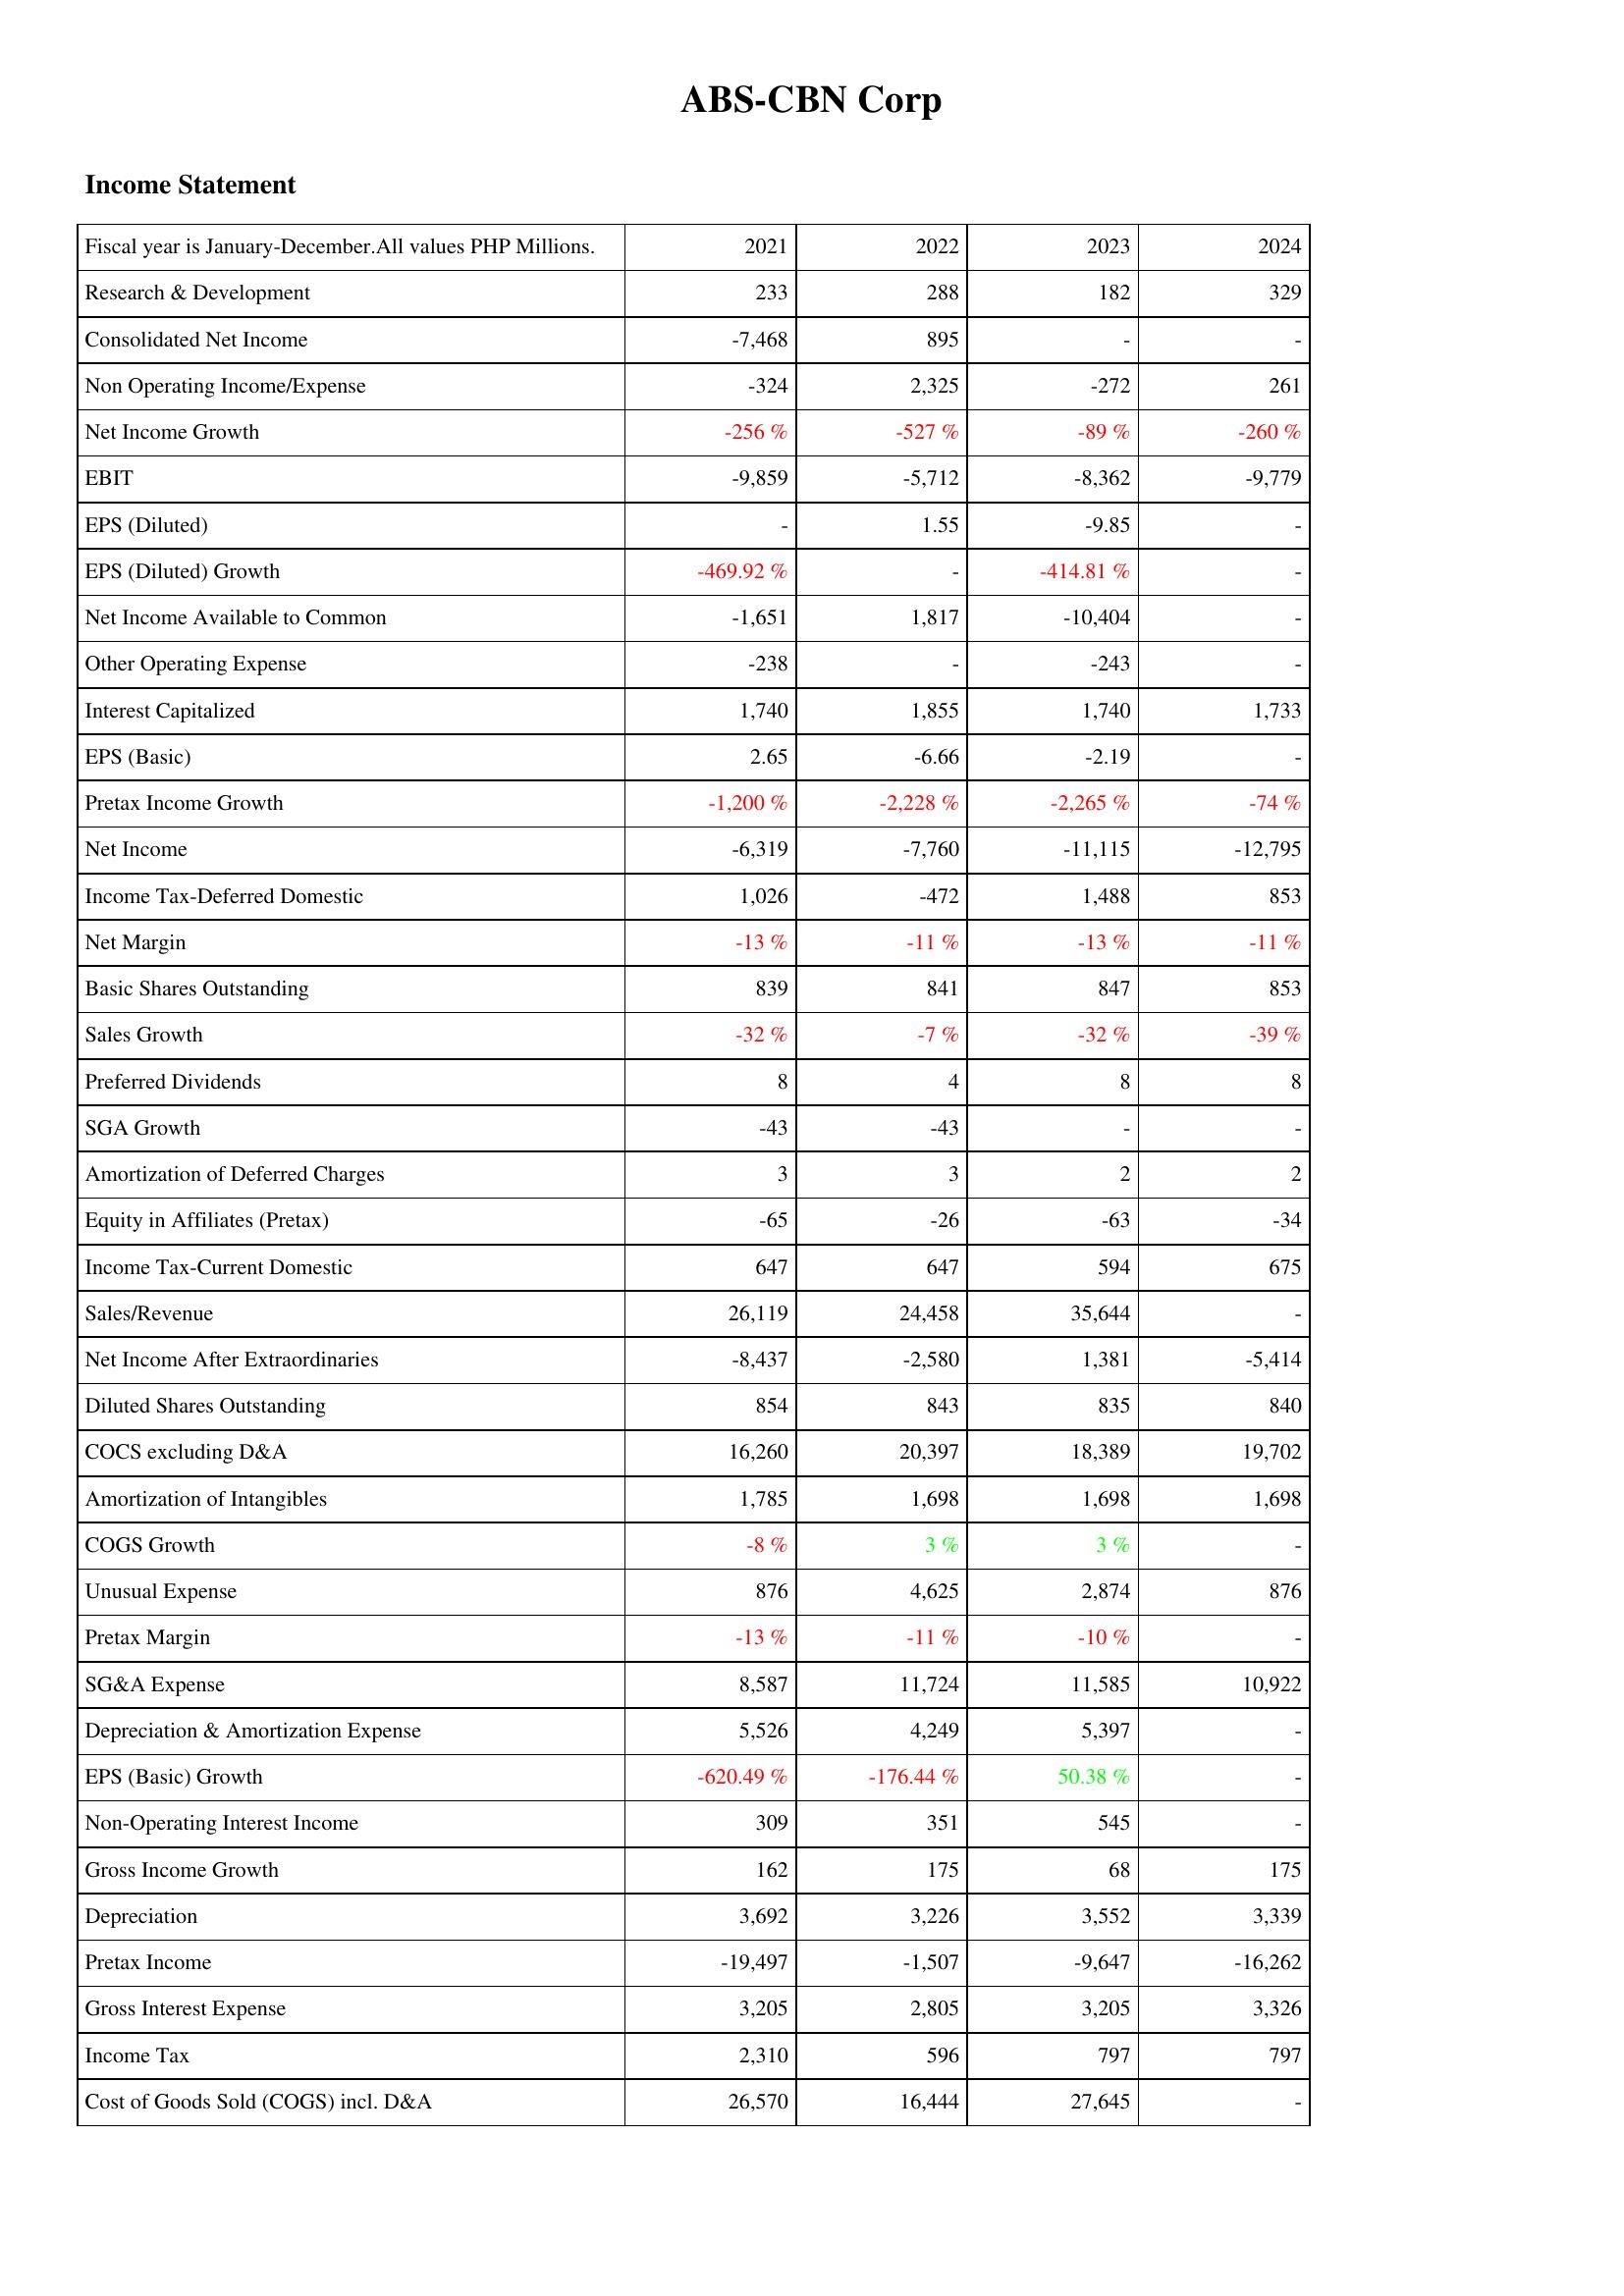
2021: Income Statement: Research & Development: 233
Consolidated Net Income: -7,468
Non Operating Income/Expense: -324
Net Income Growth: -256 %
EBIT: -9,859
EPS (Diluted): -
EPS (Diluted) Growth: -469.92 %
Net Income Available to Common: -1,651
Other Operating Expense: -238
Interest Capitalized: 1,740
EPS (Basic): 2.65
Pretax Income Growth: -1,200 %
Net Income: -6,319
Income Tax-Deferred Domestic: 1,026
Net Margin: -13 %
Basic Shares Outstanding: 839
Sales Growth: -32 %
Preferred Dividends: 8
SGA Growth: -43
Amortization of Deferred Charges: 3
Equity in Affiliates (Pretax): -65
Income Tax-Current Domestic: 647
Sales/Revenue: 26,119
Net Income After Extraordinaries: -8,437
Diluted Shares Outstanding: 854
COCS excluding D&A: 16,260
Amortization of Intangibles: 1,785
COGS Growth: -8 %
Unusual Expense: 876
Pretax Margin: -13 %
SG&A Expense: 8,587
Depreciation & Amortization Expense: 5,526
EPS (Basic) Growth: -620.49 %
Non-Operating Interest Income: 309
Gross Income Growth: 162
Depreciation: 3,692
Pretax Income: -19,497
Gross Interest Expense: 3,205
Income Tax: 2,310
Cost of Goods Sold (COGS) incl. D&A: 26,570
2022: Income Statement: Research & Development: 288
Consolidated Net Income: 895
Non Operating Income/Expense: 2,325
Net Income Growth: -527 %
EBIT: -5,712
EPS (Diluted): 1.55
EPS (Diluted) Growth: -
Net Income Available to Common: 1,817
Other Operating Expense: -
Interest Capitalized: 1,855
EPS (Basic): -6.66
Pretax Income Growth: -2,228 %
Net Income: -7,760
Income Tax-Deferred Domestic: -472
Net Margin: -11 %
Basic Shares Outstanding: 841
Sales Growth: -7 %
Preferred Dividends: 4
SGA Growth: -43
Amortization of Deferred Charges: 3
Equity in Affiliates (Pretax): -26
Income Tax-Current Domestic: 647
Sales/Revenue: 24,458
Net Income After Extraordinaries: -2,580
Diluted Shares Outstanding: 843
COCS excluding D&A: 20,397
Amortization of Intangibles: 1,698
COGS Growth: 3 %
Unusual Expense: 4,625
Pretax Margin: -11 %
SG&A Expense: 11,724
Depreciation & Amortization Expense: 4,249
EPS (Basic) Growth: -176.44 %
Non-Operating Interest Income: 351
Gross Income Growth: 175
Depreciation: 3,226
Pretax Income: -1,507
Gross Interest Expense: 2,805
Income Tax: 596
Cost of Goods Sold (COGS) incl. D&A: 16,444
2023: Income Statement: Research & Development: 182
Consolidated Net Income: -
Non Operating Income/Expense: -272
Net Income Growth: -89 %
EBIT: -8,362
EPS (Diluted): -9.85
EPS (Diluted) Growth: -414.81 %
Net Income Available to Common: -10,404
Other Operating Expense: -243
Interest Capitalized: 1,740
EPS (Basic): -2.19
Pretax Income Growth: -2,265 %
Net Income: -11,115
Income Tax-Deferred Domestic: 1,488
Net Margin: -13 %
Basic Shares Outstanding: 847
Sales Growth: -32 %
Preferred Dividends: 8
SGA Growth: -
Amortization of Deferred Charges: 2
Equity in Affiliates (Pretax): -63
Income Tax-Current Domestic: 594
Sales/Revenue: 35,644
Net Income After Extraordinaries: 1,381
Diluted Shares Outstanding: 835
COCS excluding D&A: 18,389
Amortization of Intangibles: 1,698
COGS Growth: 3 %
Unusual Expense: 2,874
Pretax Margin: -10 %
SG&A Expense: 11,585
Depreciation & Amortization Expense: 5,397
EPS (Basic) Growth: 50.38 %
Non-Operating Interest Income: 545
Gross Income Growth: 68
Depreciation: 3,552
Pretax Income: -9,647
Gross Interest Expense: 3,205
Income Tax: 797
Cost of Goods Sold (COGS) incl. D&A: 27,645
2024: Income Statement: Research & Development: 329
Consolidated Net Income: -
Non Operating Income/Expense: 261
Net Income Growth: -260 %
EBIT: -9,779
EPS (Diluted): -
EPS (Diluted) Growth: -
Net Income Available to Common: -
Other Operating Expense: -
Interest Capitalized: 1,733
EPS (Basic): -
Pretax Income Growth: -74 %
Net Income: -12,795
Income Tax-Deferred Domestic: 853
Net Margin: -11 %
Basic Shares Outstanding: 853
Sales Growth: -39 %
Preferred Dividends: 8
SGA Growth: -
Amortization of Deferred Charges: 2
Equity in Affiliates (Pretax): -34
Income Tax-Current Domestic: 675
Sales/Revenue: -
Net Income After Extraordinaries: -5,414
Diluted Shares Outstanding: 840
COCS excluding D&A: 19,702
Amortization of Intangibles: 1,698
COGS Growth: -
Unusual Expense: 876
Pretax Margin: -
SG&A Expense: 10,922
Depreciation & Amortization Expense: -
EPS (Basic) Growth: -
Non-Operating Interest Income: -
Gross Income Growth: 175
Depreciation: 3,339
Pretax Income: -16,262
Gross Interest Expense: 3,326
Income Tax: 797
Cost of Goods Sold (COGS) incl. D&A: -